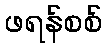
ဖရန်စစ်